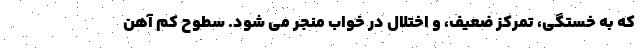
که به خستگی، تمرکز ضعیف، و اختلال در خواب منجر می شود. سطوح کم آهن